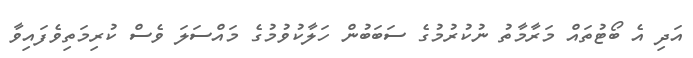
އަދި އެ ބޯޓުތައް މަރާމާތު ނުކުރުމުގެ ސަބަބުން ހަލާކުވުމުގެ މައްސަލަ ވެސް ކުރިމަތިވެފައިވާ